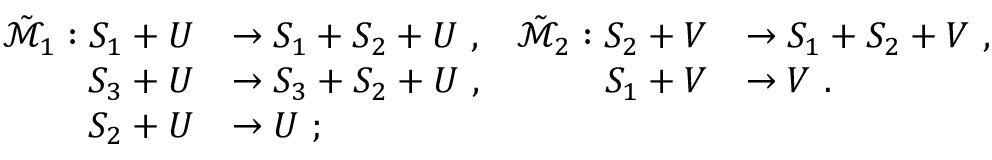
\begin{array} { r l r l } { \tilde { \mathcal { M } } _ { 1 } : S _ { 1 } + U } & { \to S _ { 1 } + S _ { 2 } + U \ , } & { \tilde { \mathcal { M } } _ { 2 } : S _ { 2 } + V } & { \to S _ { 1 } + S _ { 2 } + V \ , } \\ { S _ { 3 } + U } & { \to S _ { 3 } + S _ { 2 } + U \ , } & { S _ { 1 } + V } & { \to V \ . } \\ { S _ { 2 } + U } & { \to U \ ; } \end{array}